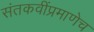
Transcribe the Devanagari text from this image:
संतकवींप्रमाणेच